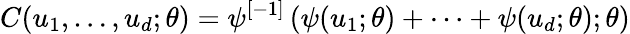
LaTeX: C(u_{1},\dots,u_{d};\theta)=\psi^{[-1]}\left(\psi(u_{1};\theta)+\cdots+\psi(u_{d};\theta);\theta\right)